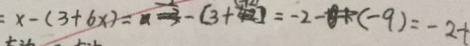
x - ( 3 + 6 x ) = - ( 3 + ) = - 2 - ( - 9 ) = - 2 +